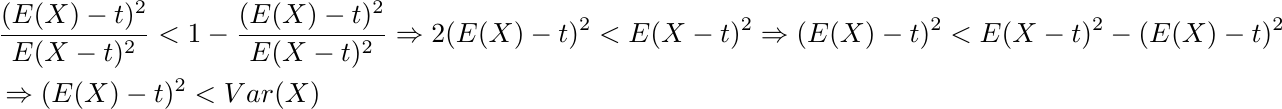
\begin{align*}
    &\frac{(E(X)-t)^2}{E(X-t)^2} < 1- \frac{(E(X)-t)^2}{E(X-t)^2} \Rightarrow 2  (E(X)-t)^2 < E(X-t)^2 \Rightarrow  (E(X)-t)^2 < E(X-t)^2 - (E(X)-t)^2\\
    &\Rightarrow (E(X)-t)^2 < Var(X)
\end{align*}